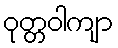
ဝုတ္တဝါကျာ